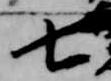
七